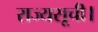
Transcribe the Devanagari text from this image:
राज्यसूची।